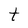
Character: t